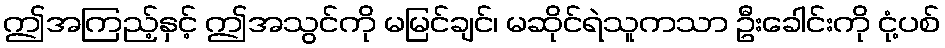
ဤအကြည့်နှင့် ဤအသွင်ကို မမြင်ချင်၊ မဆိုင်ရဲသူကသာ ဦးခေါင်းကို ငုံ့ပစ်